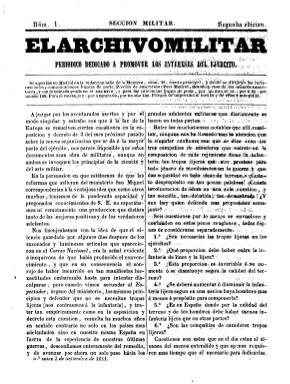
Título: El Archivo militar. Sección militar
Colección: Fuerzas armadas
Ámbito geográfico: Madrid
Lugar de publicación: Madrid
Fechas: 02/09/1841-31/03/1842

El semanario El archivo militar, que había fundado Antonio Vallecillo Luján (1807-1880) y comenzado a publicar el uno de abril de 1841, inicia su segunda serie escindiéndose, cinco meses después, en dos nuevos periódicos, independientes entre sí sólo por sus contenidos. Uno, como Sección militar, y, el otro, como Sección política, y ambos manteniendo el mismo subtítulo: “periódico dedicado a promover los intereses del Ejército”.

Con nueva secuencia, el dedicado a asuntos estrictamente militares con artículos y noticias aparecerá cada jueves a partir del dos de septiembre de ese mismo año, en entregas de ocho páginas, compuesto a dos columnas y en imprenta propia, tal como había sido previamente estampada su cabecera principal. Seguirá siendo su editor responsable R.P. de Linares.

Con esta cabecera, cada número comienza con un artículo de fondo dedicado a asuntos estrictamente de carácter castrense en el que se analiza la nueva organización, estructura y las sucesivas medidas sobre el ejército promulgadas por el gobierno del regente y general Baldomero Espartero (1793-1879). Siguen las secciones Variedades (con artículos técnicos de táctica), Disposiciones gubernamentales, Comunicados remitidos y Noticias, todas ellas relativas a la organización, nombramientos y estructura de personal de las diferentes unidades militares. También dedicará textos a exponer la organización de otros ejércitos extranjeros, como el prusiano.

Se estamparán dos ediciones, y tras su número 31 y último, del 31 de mazo de 1842, se fundirá de nuevo con la otra publicación independiente en la que también se había escindido un año antes (Sección política), para formar de nuevo un único título: El archivo militar (1842), que también puede consultarse en esta Hemeroteca Digital.